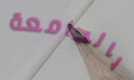
بالجامعة